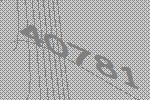
40781